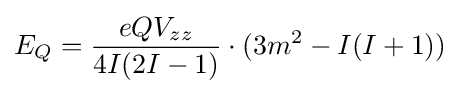
E_{Q}={\frac {eQV_{zz}}{4I(2I-1)}}\cdot (3m^{2}-I(I+1))